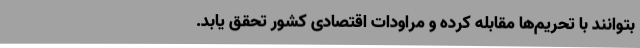
بتوانند با تحریم‌ها مقابله کرده و مراودات اقتصادی کشور تحقق یابد.